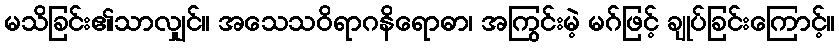
မသိခြင်း၏သာလျှင်။ အသေသဝိရာဂနိရောဓာ၊ အကြွင်းမဲ့ မဂ်ဖြင့် ချုပ်ခြင်းကြောင့်။